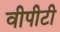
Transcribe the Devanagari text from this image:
वीपीटी